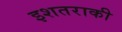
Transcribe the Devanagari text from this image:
इशतराकी